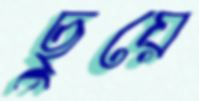
ছুয়ে